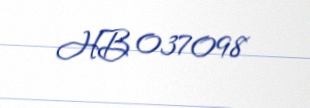
HB 037098